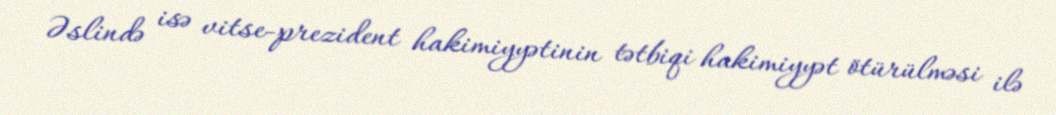
Əslində isə vitse-prezident hakimiyyətinin tətbiqi hakimiyyət ötürülməsi ilə